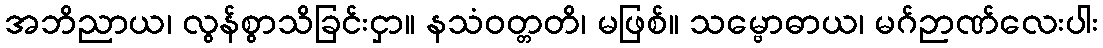
အဘိညာယ၊ လွန်စွာသိခြင်းငှာ။ နသံဝတ္တတိ၊ မဖြစ်။ သမ္ဗောဓာယ၊ မဂ်ဉာဏ်လေးပါး